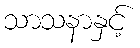
သာသနာနှင့်